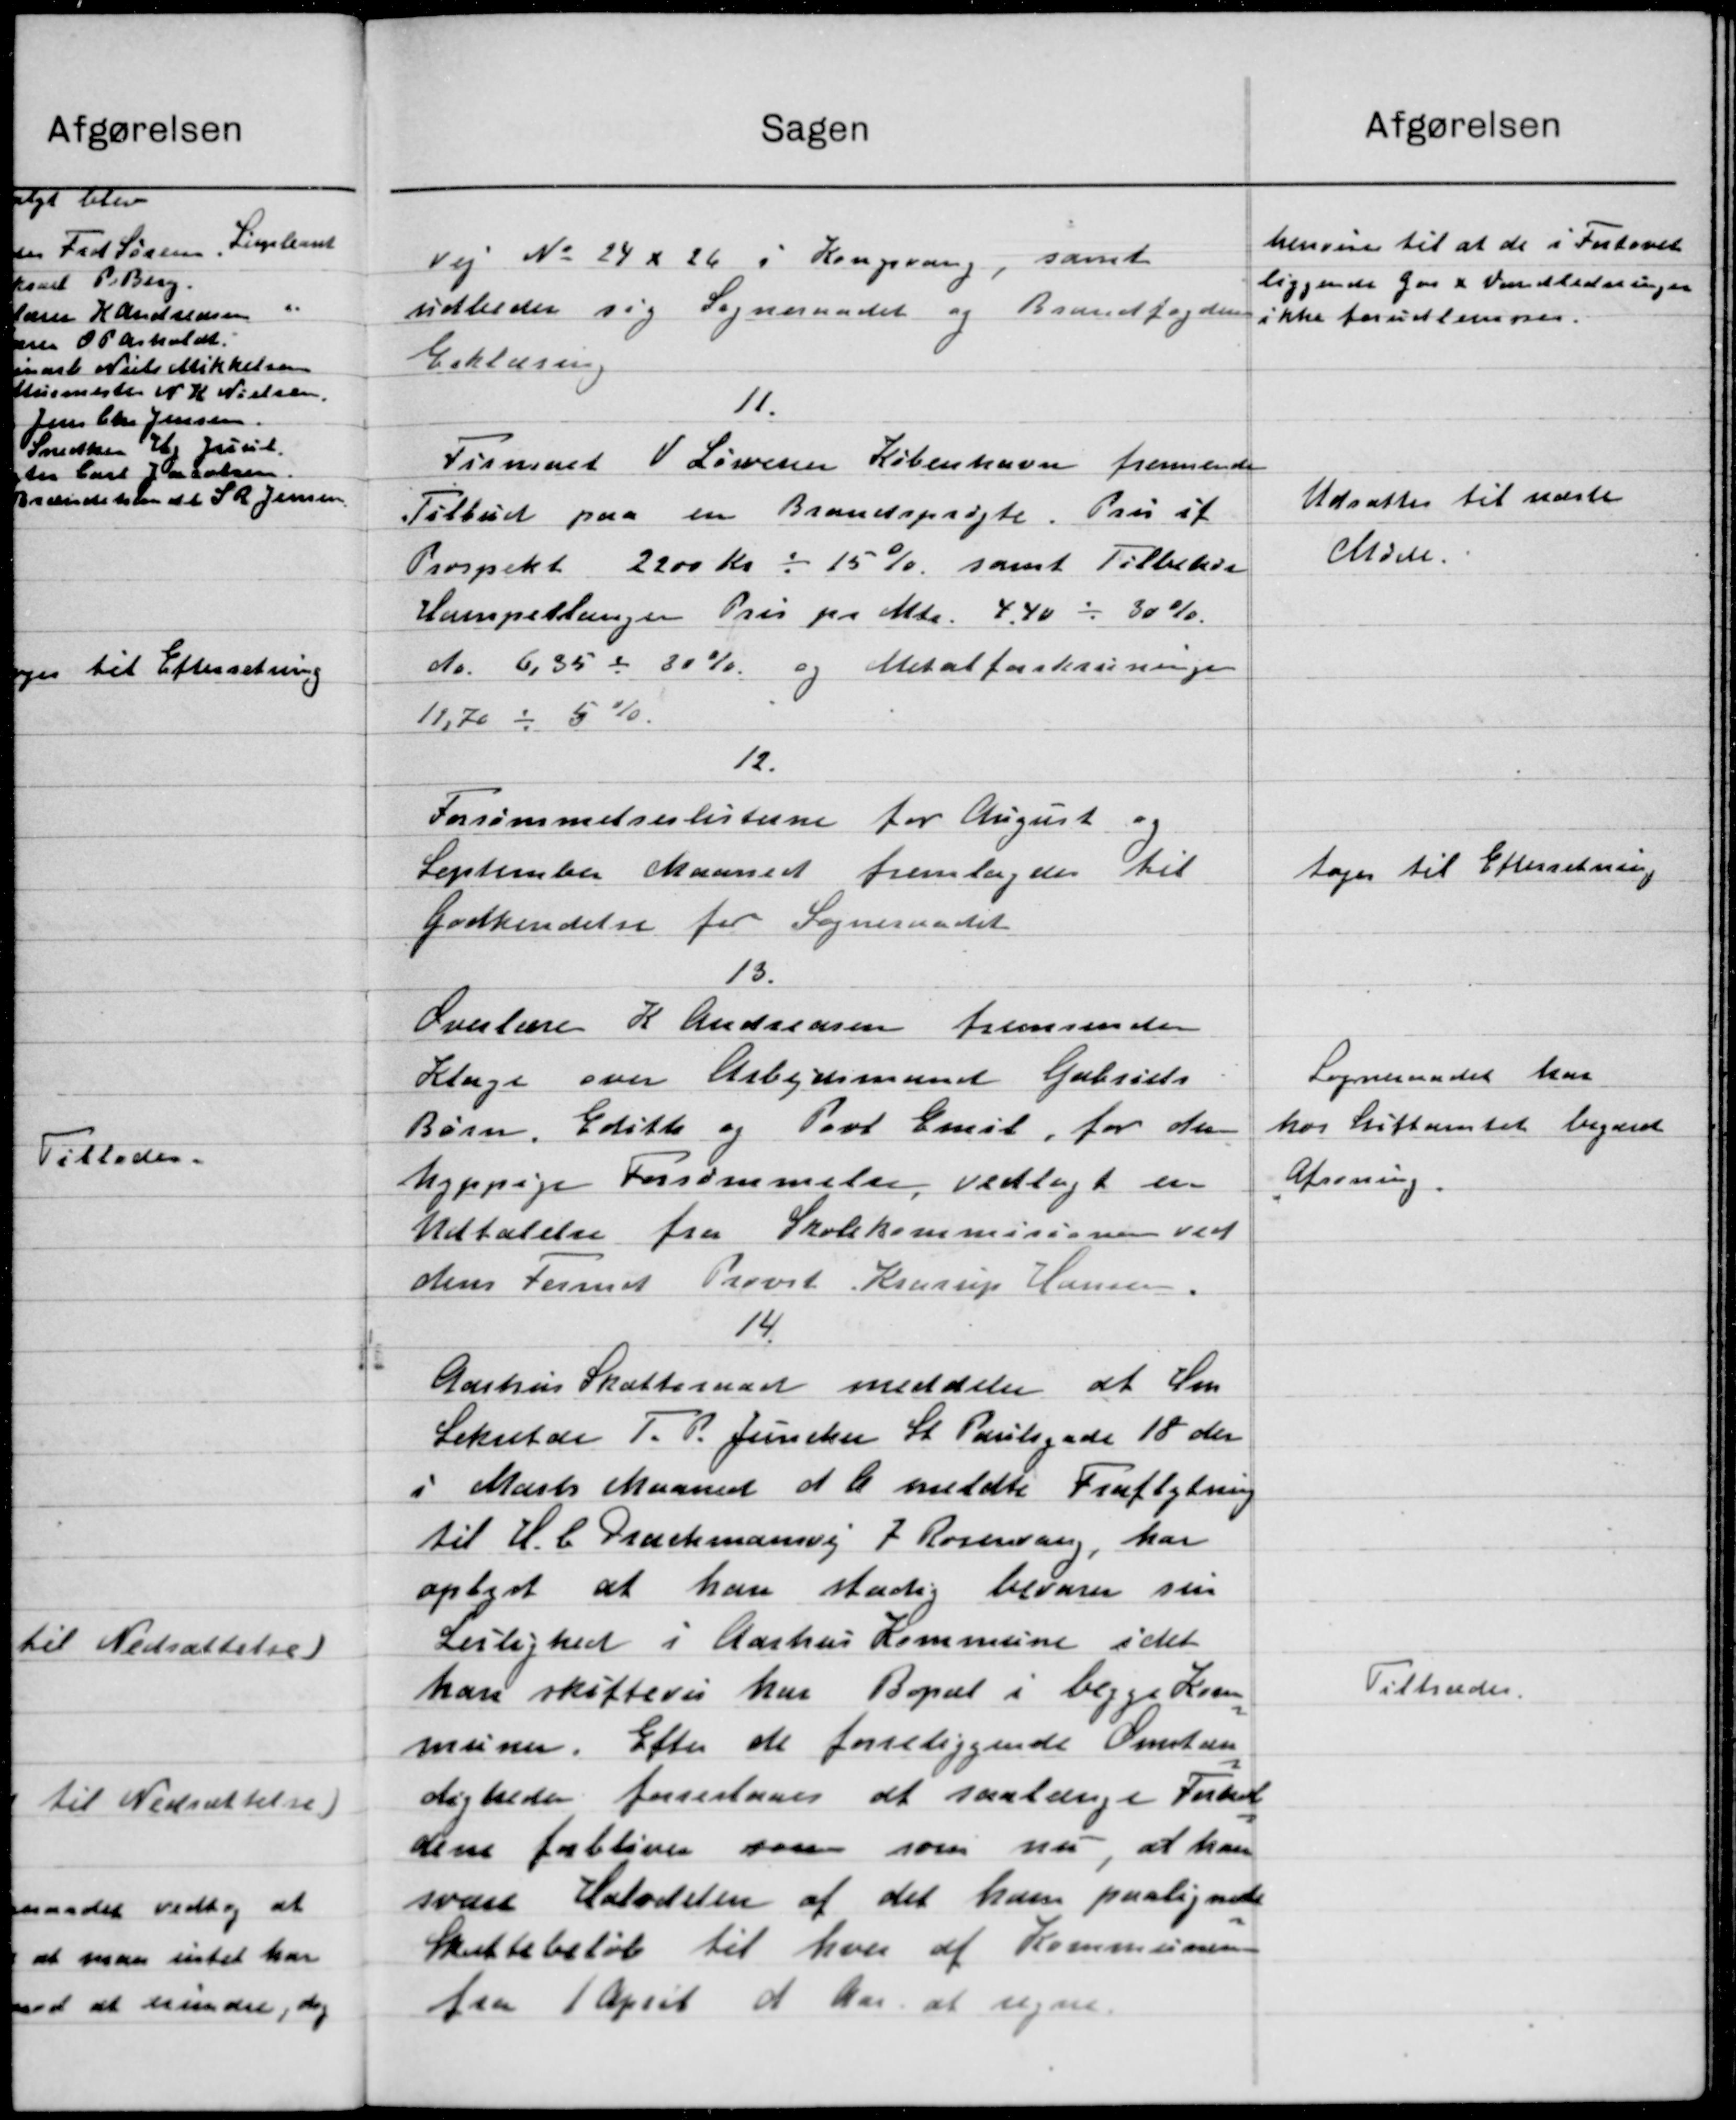
Transskription:
Sagen
Vej No 24 & 26 i Kongsvang, samt
udbeder sig Sogneraadet og Brandfogden
Erklæring
11.
Firmaet Lønesen København fremsende
Tilbud paa en Brandsprøjte. Pris af
Prospekt 2200 Kr = 15 %, samt Tilbude
Hampeslanger Pris pr Mtr. 4,40 - 30 %.
Nr. 6,35 = 30 % og Mitalforskrivninge
11,70 = 5 %.
12.
Forsømmelseslisterne for August og
September Maaned fremlagdes til
Godkendelse for Sogneraadet
13.
Overlære K Andreasen fremsender
Klage over Arbejdsmand Gabriels
Børn, Edith og Povl Emil for den
Nyppige Forsømmelse vedlagt en
Udtalelse fra Skolekommisionen ved
dens Format Provst Krarup Hansen.
14.
Aarhus Skatteraad meddeler at Sen
Sekretær J. P. Juncker St. Paulsgade 18 den
i Marts Maaned d A meldte Fraflytning
til H. C. Drachmansvej 7 Rosenang, har
oplyst at han stadig bevarer sin
Lejlighed i Aarhus Kommune idet
han skiftevis har Bopæl i begge Kom-
munen. Efter de forreliggende Omstæn
digheden foreslaaes at saalænge Forhol
dene forbliver som som nu, at han
svare Halvdelen af det ham paalignede
Skattebeløb til hver af Kommunen
fra 1 April d Aar at regne.